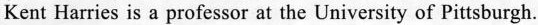
Kent Harries is a professor at the University of Pittsburgh.